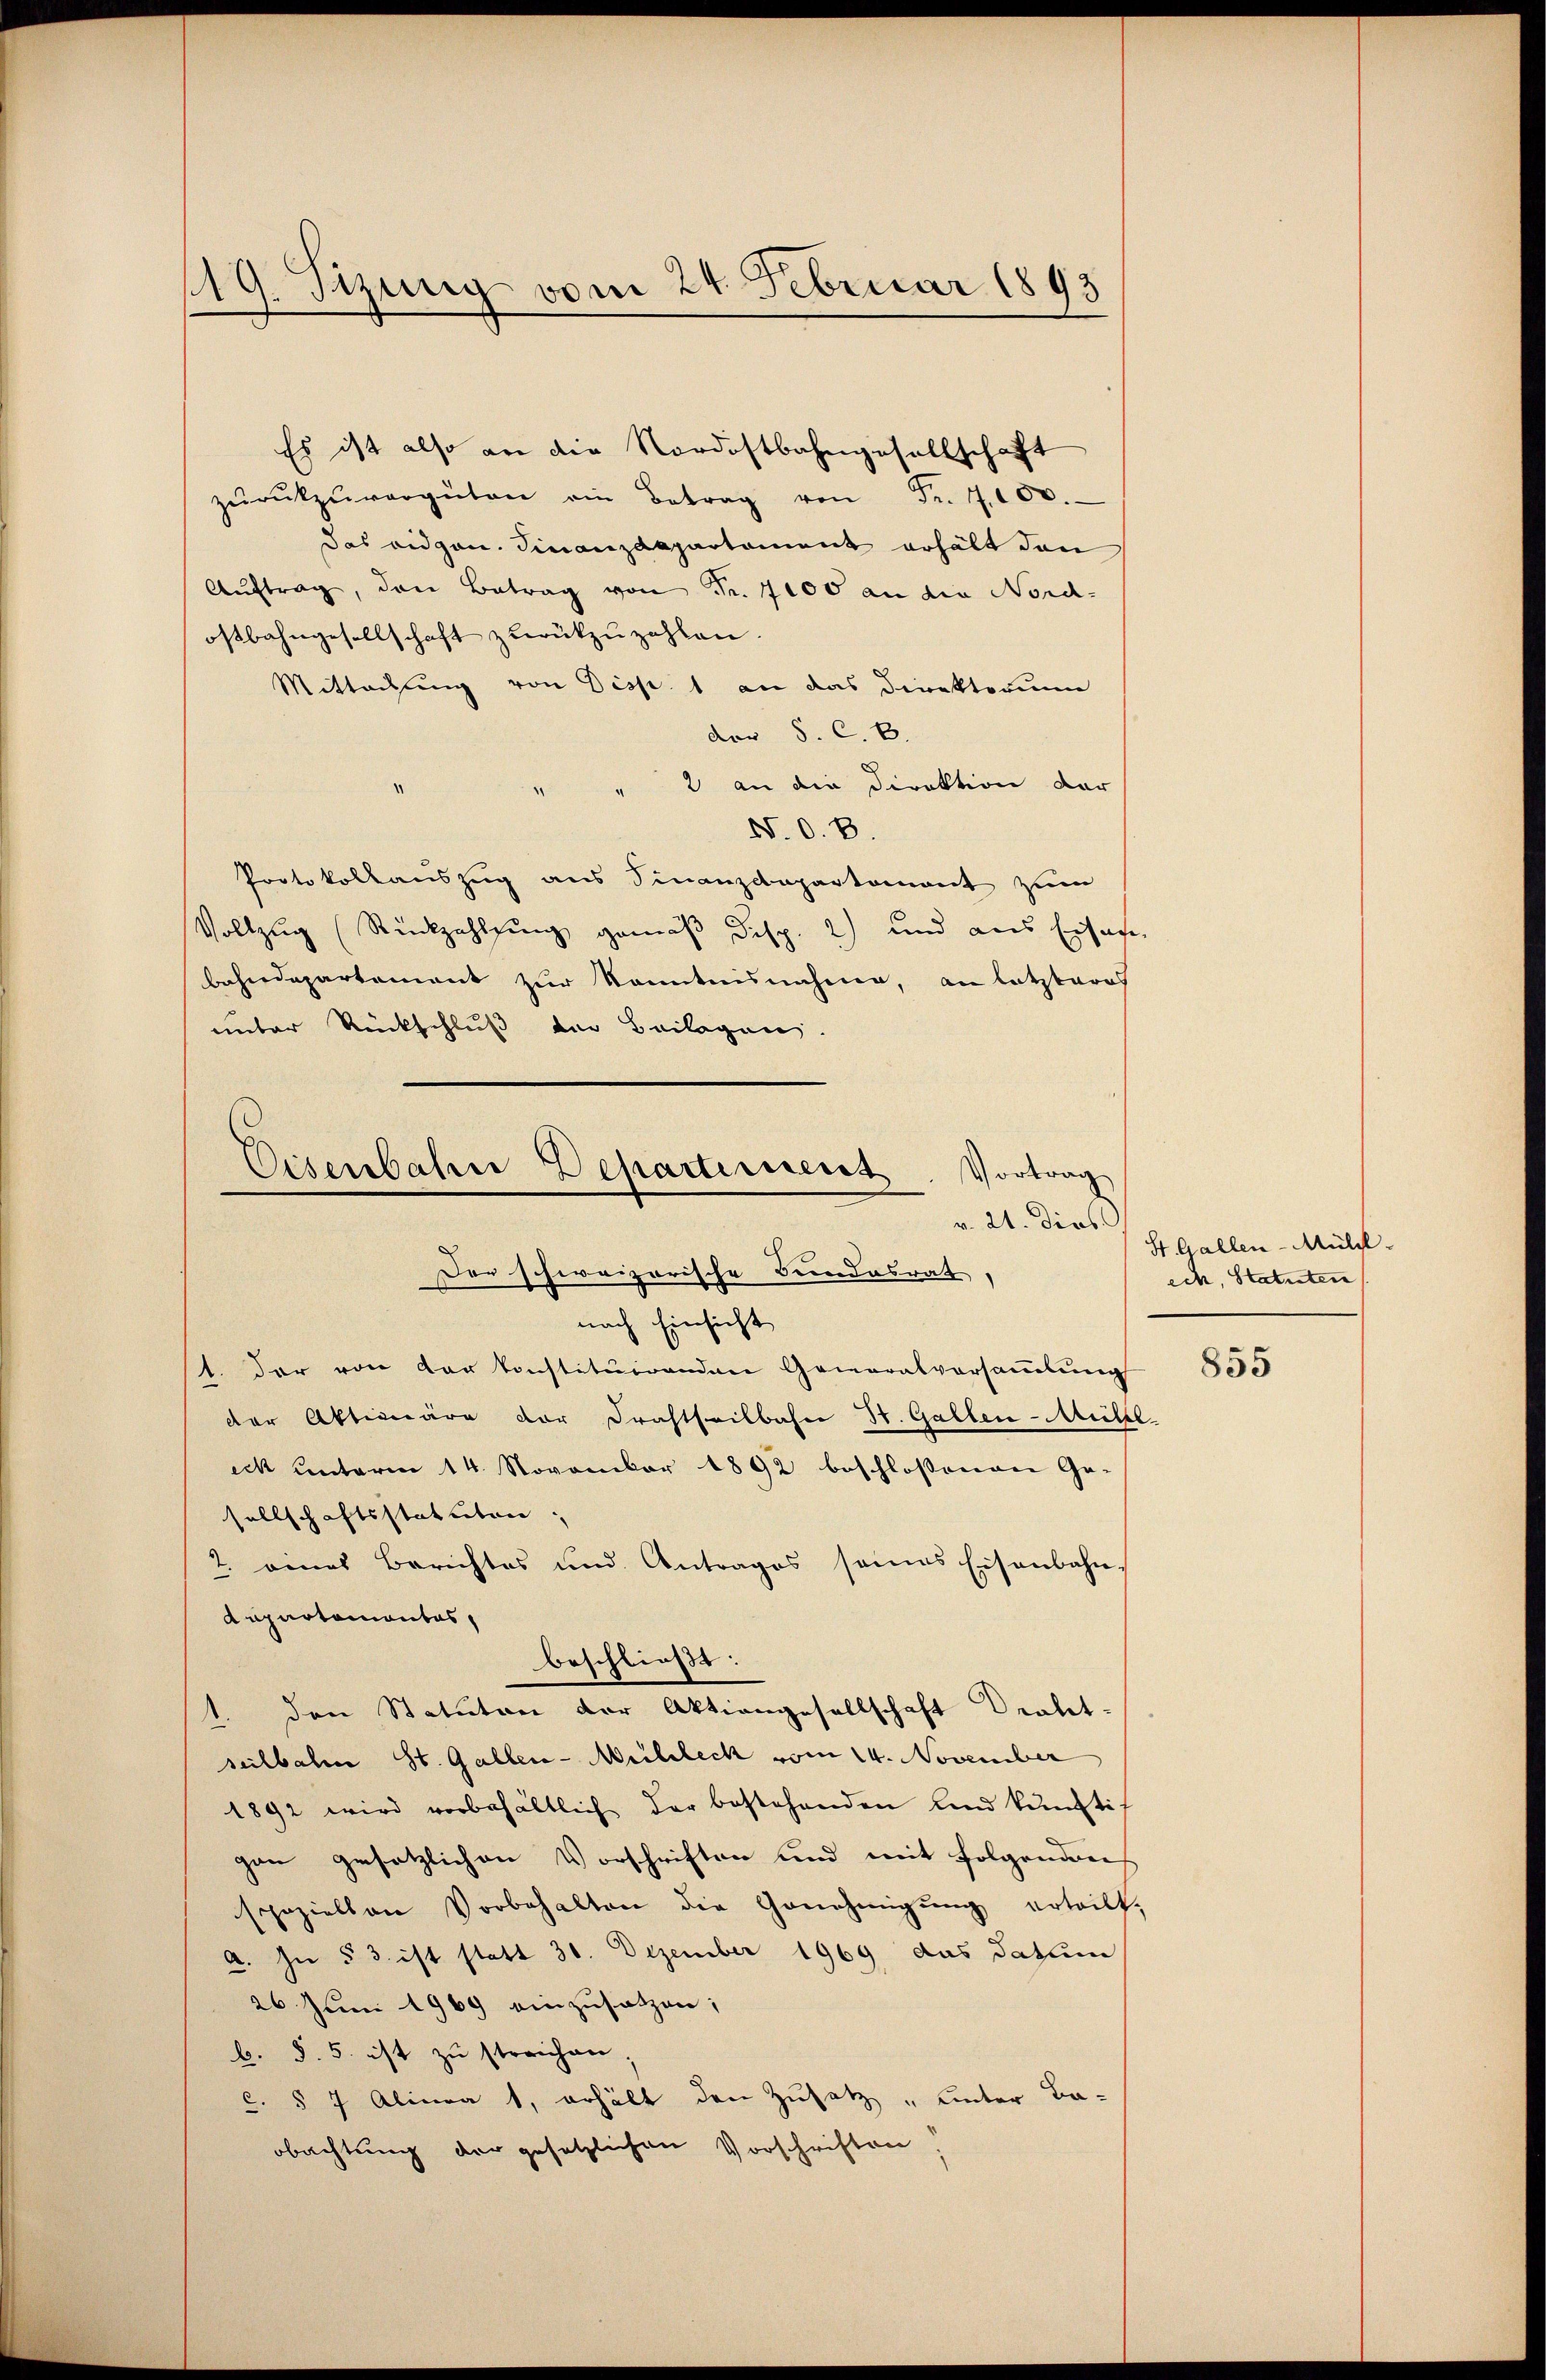
119. Sizung vom 24. Februar 1893

Es ist also an die Nordostbahngesellschaft
zŭrückzŭvergüten ein Betrag von Fr. 100.
das eidgen. Finanzdepartement erhält den
Aŭftrag, den Betrag von Fr. 7000 an die Nord-
ostbahngesellschaft zurückzuzahlen
Mittachung von Disp. 1 an das Direktorium
der S. C. k.
2 an die Direktion der
N. O. B.
Protokollauszug aus Finanzdepartement zum
Vollzug (Rückzahlung gemäß Disp. 2) und aus Eisahe
bahndepartement zur Kenntnisnahme, an letzteres
unter Rückschluß der Beilagen.

Eisenbahre Departiniert
Vortrag
v. 21. dies
Der schweizerische Bundesrat,
nach Einsicht

beschließt:
1. den Statuten der Aktiengesellschaft Draht-

t. Der von der konstituirenden Generalversammlung
der Aktionäre der Drahtheilbahn St. Gallen-Mülle
eck unterm 14. November 1892 beschloßenen Ge-
sellschaftsstatuten.
2. eines Berichtes und Antrages seines Eisenbahn
Aupnotamontas,
seilbahn St. Gallen-Meilleck vom 14. November
1892 wird vorbehältlich der bestehenden Kind künftigen gesetzlichen Vorschriften und mit folgenden
speziellen Vorbehalten die Genehmigŭng erteilt,
a. In § 3 ist statt 30. Dezember 1969 das datum
26 Juni 1969 einzusetzen;
b. §. 5. ist zu streichen
C. § 7 Alinea 1, erhält den Zusatz „unter Ba-
obachtung der gesetzlichen Vorschriften

St. Gallen-Müll
ech, Statuten

855